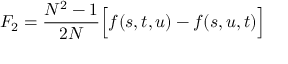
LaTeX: { \cal F } _ { 2 } = \frac { N ^ { 2 } - 1 } { 2 N } \Big [ f ( s , t , u ) - f ( s , u , t ) \Big ]